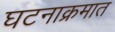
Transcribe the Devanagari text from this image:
घटनाक्रमात